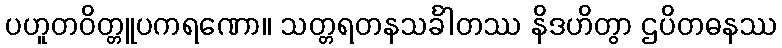
ပဟူတဝိတ္တူပကရဏော။ သတ္တရတနသင်္ခါတဿ နိဒဟိတွာ ဌပိတဓနဿ